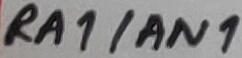
Text: RA1/AN1